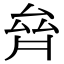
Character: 𠫼